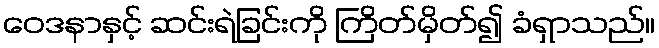
ဝေဒနာနှင့် ဆင်းရဲခြင်းကို ကြိတ်မှိတ်၍ ခံရှာသည်။